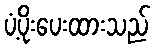
ပံ့ပိုးပေးထားသည်